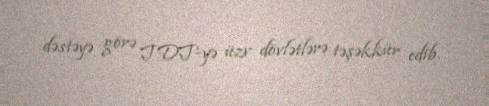
dəstəyə görə TDT-yə üzv dövlətlərə təşəkkür edib.